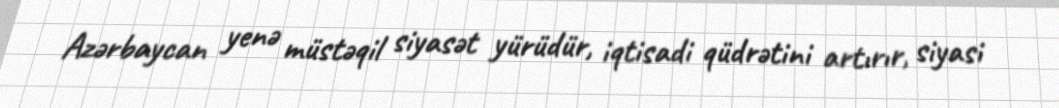
Azərbaycan yenə müstəqil siyasət yürüdür, iqtisadi qüdrətini artırır, siyasi